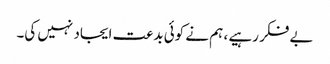
بے فکر رہیے ، ہم نے کوئی بدعت ایجاد نہیں کی۔